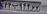
۴۴ب۹۴۴۶۷